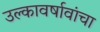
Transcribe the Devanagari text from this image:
उल्कावर्षावांचा